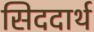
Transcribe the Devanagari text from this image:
सिददार्थ